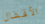
الأقفال